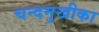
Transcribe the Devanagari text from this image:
चन्दमुखीका